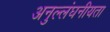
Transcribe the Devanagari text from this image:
अनुल्लंघनीयता